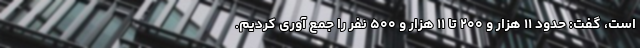
است، گفت: حدود ۱۱ هزار و ۲۰۰ تا ۱۱ هزار و ۵۰۰ نفر را جمع آوری کردیم.